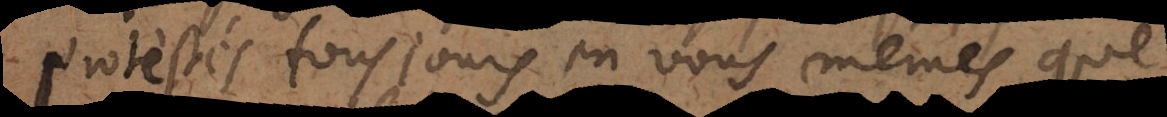
protestés tousjours en vous mêmes, que